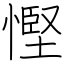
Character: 慳